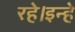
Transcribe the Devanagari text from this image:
रहे।इन्हे